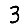
Digit: 3